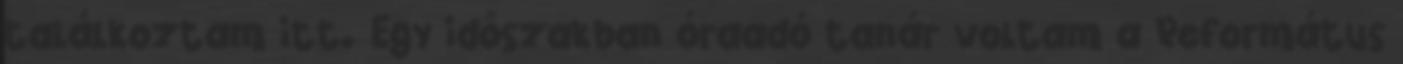
találkoztam itt. Egy időszakban óraadó tanár voltam a Református